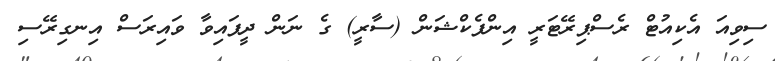
ސިވިއަ އެކިއުޓް ރެސްޕިރޭޓަރީ އިންފެކްޝަން (ސާރީ) ގެ ނަން ދީފައިވާ ވައިރަސް އިނގިރޭސި